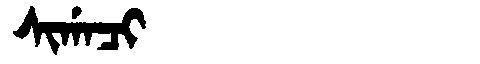
Manchu: ᠰᡳᡤᠠᠴᡳ
Romanization: SIGACI